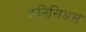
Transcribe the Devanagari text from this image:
केनिसिअस